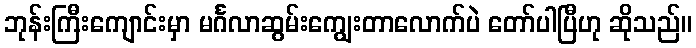
ဘုန်းကြီးကျောင်းမှာ မင်္ဂလာဆွမ်းကျွေးတာလောက်ပဲ တော်ပါပြီဟု ဆိုသည်။